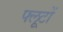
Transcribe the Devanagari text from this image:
फ्लूटों